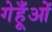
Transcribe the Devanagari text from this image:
गेहूँओं